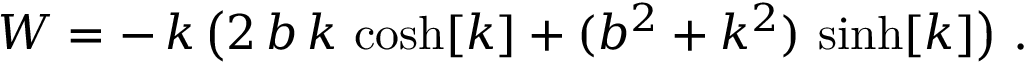
W = - \, k \, \big ( 2 \, b \, k \, \cosh [ k ] + ( b ^ { 2 } + k ^ { 2 } ) \, \sinh [ k ] \big ) \ . \